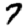
Digit: 7